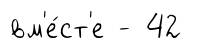
вм'е́ст'е - 42